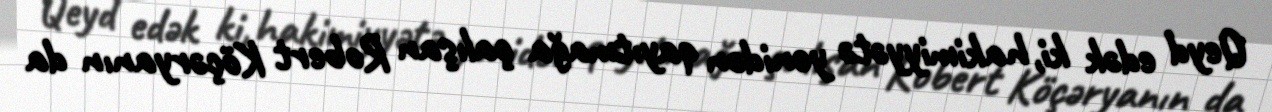
Qeyd edək ki, hakimiyyətə yenidən qayıtmağa çalışan Robert Köçəryanın da